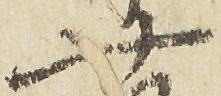
廿